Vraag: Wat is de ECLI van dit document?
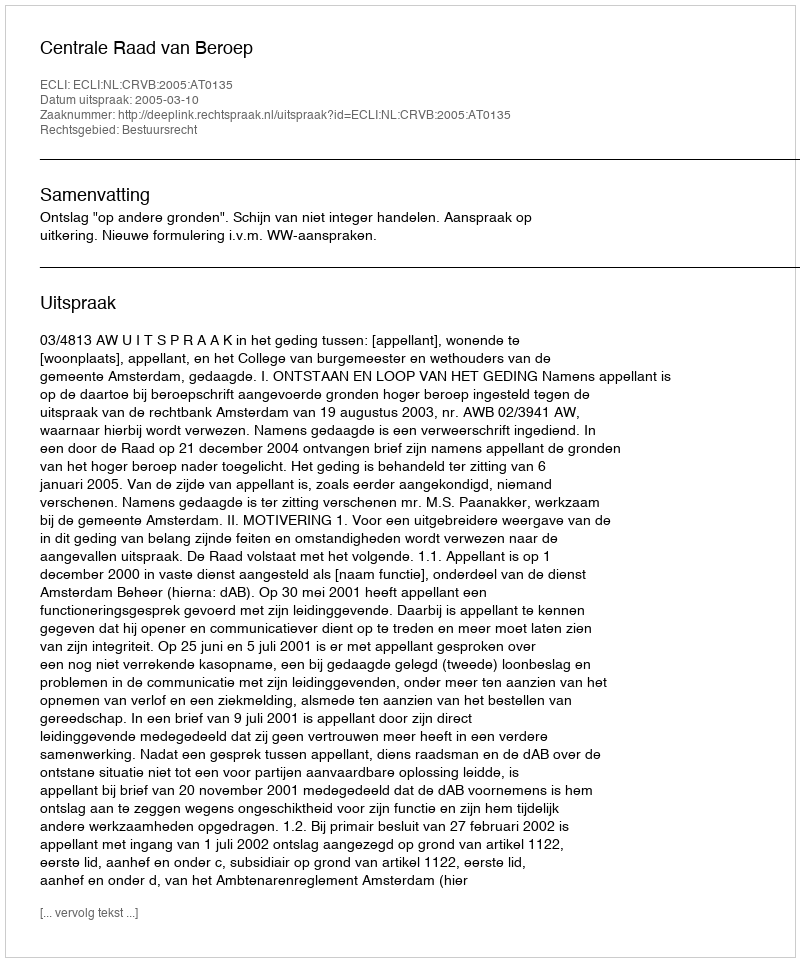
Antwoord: ECLI:NL:CRVB:2005:AT0135